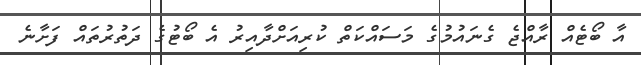
އާ ބޯޓެއް ރާއްޖެ ގެނައުމުގެ މަސައްކަތް ކުރިއަށްދާއިރު އެ ބޯޓުގެ ދަތުރުތައް ފަށާނެ